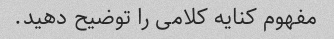
مفهوم کنایه کلامی را توضیح دهید.